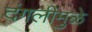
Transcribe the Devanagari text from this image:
दंगलीमुळे